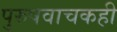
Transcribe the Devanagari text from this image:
पुरुषवाचकही